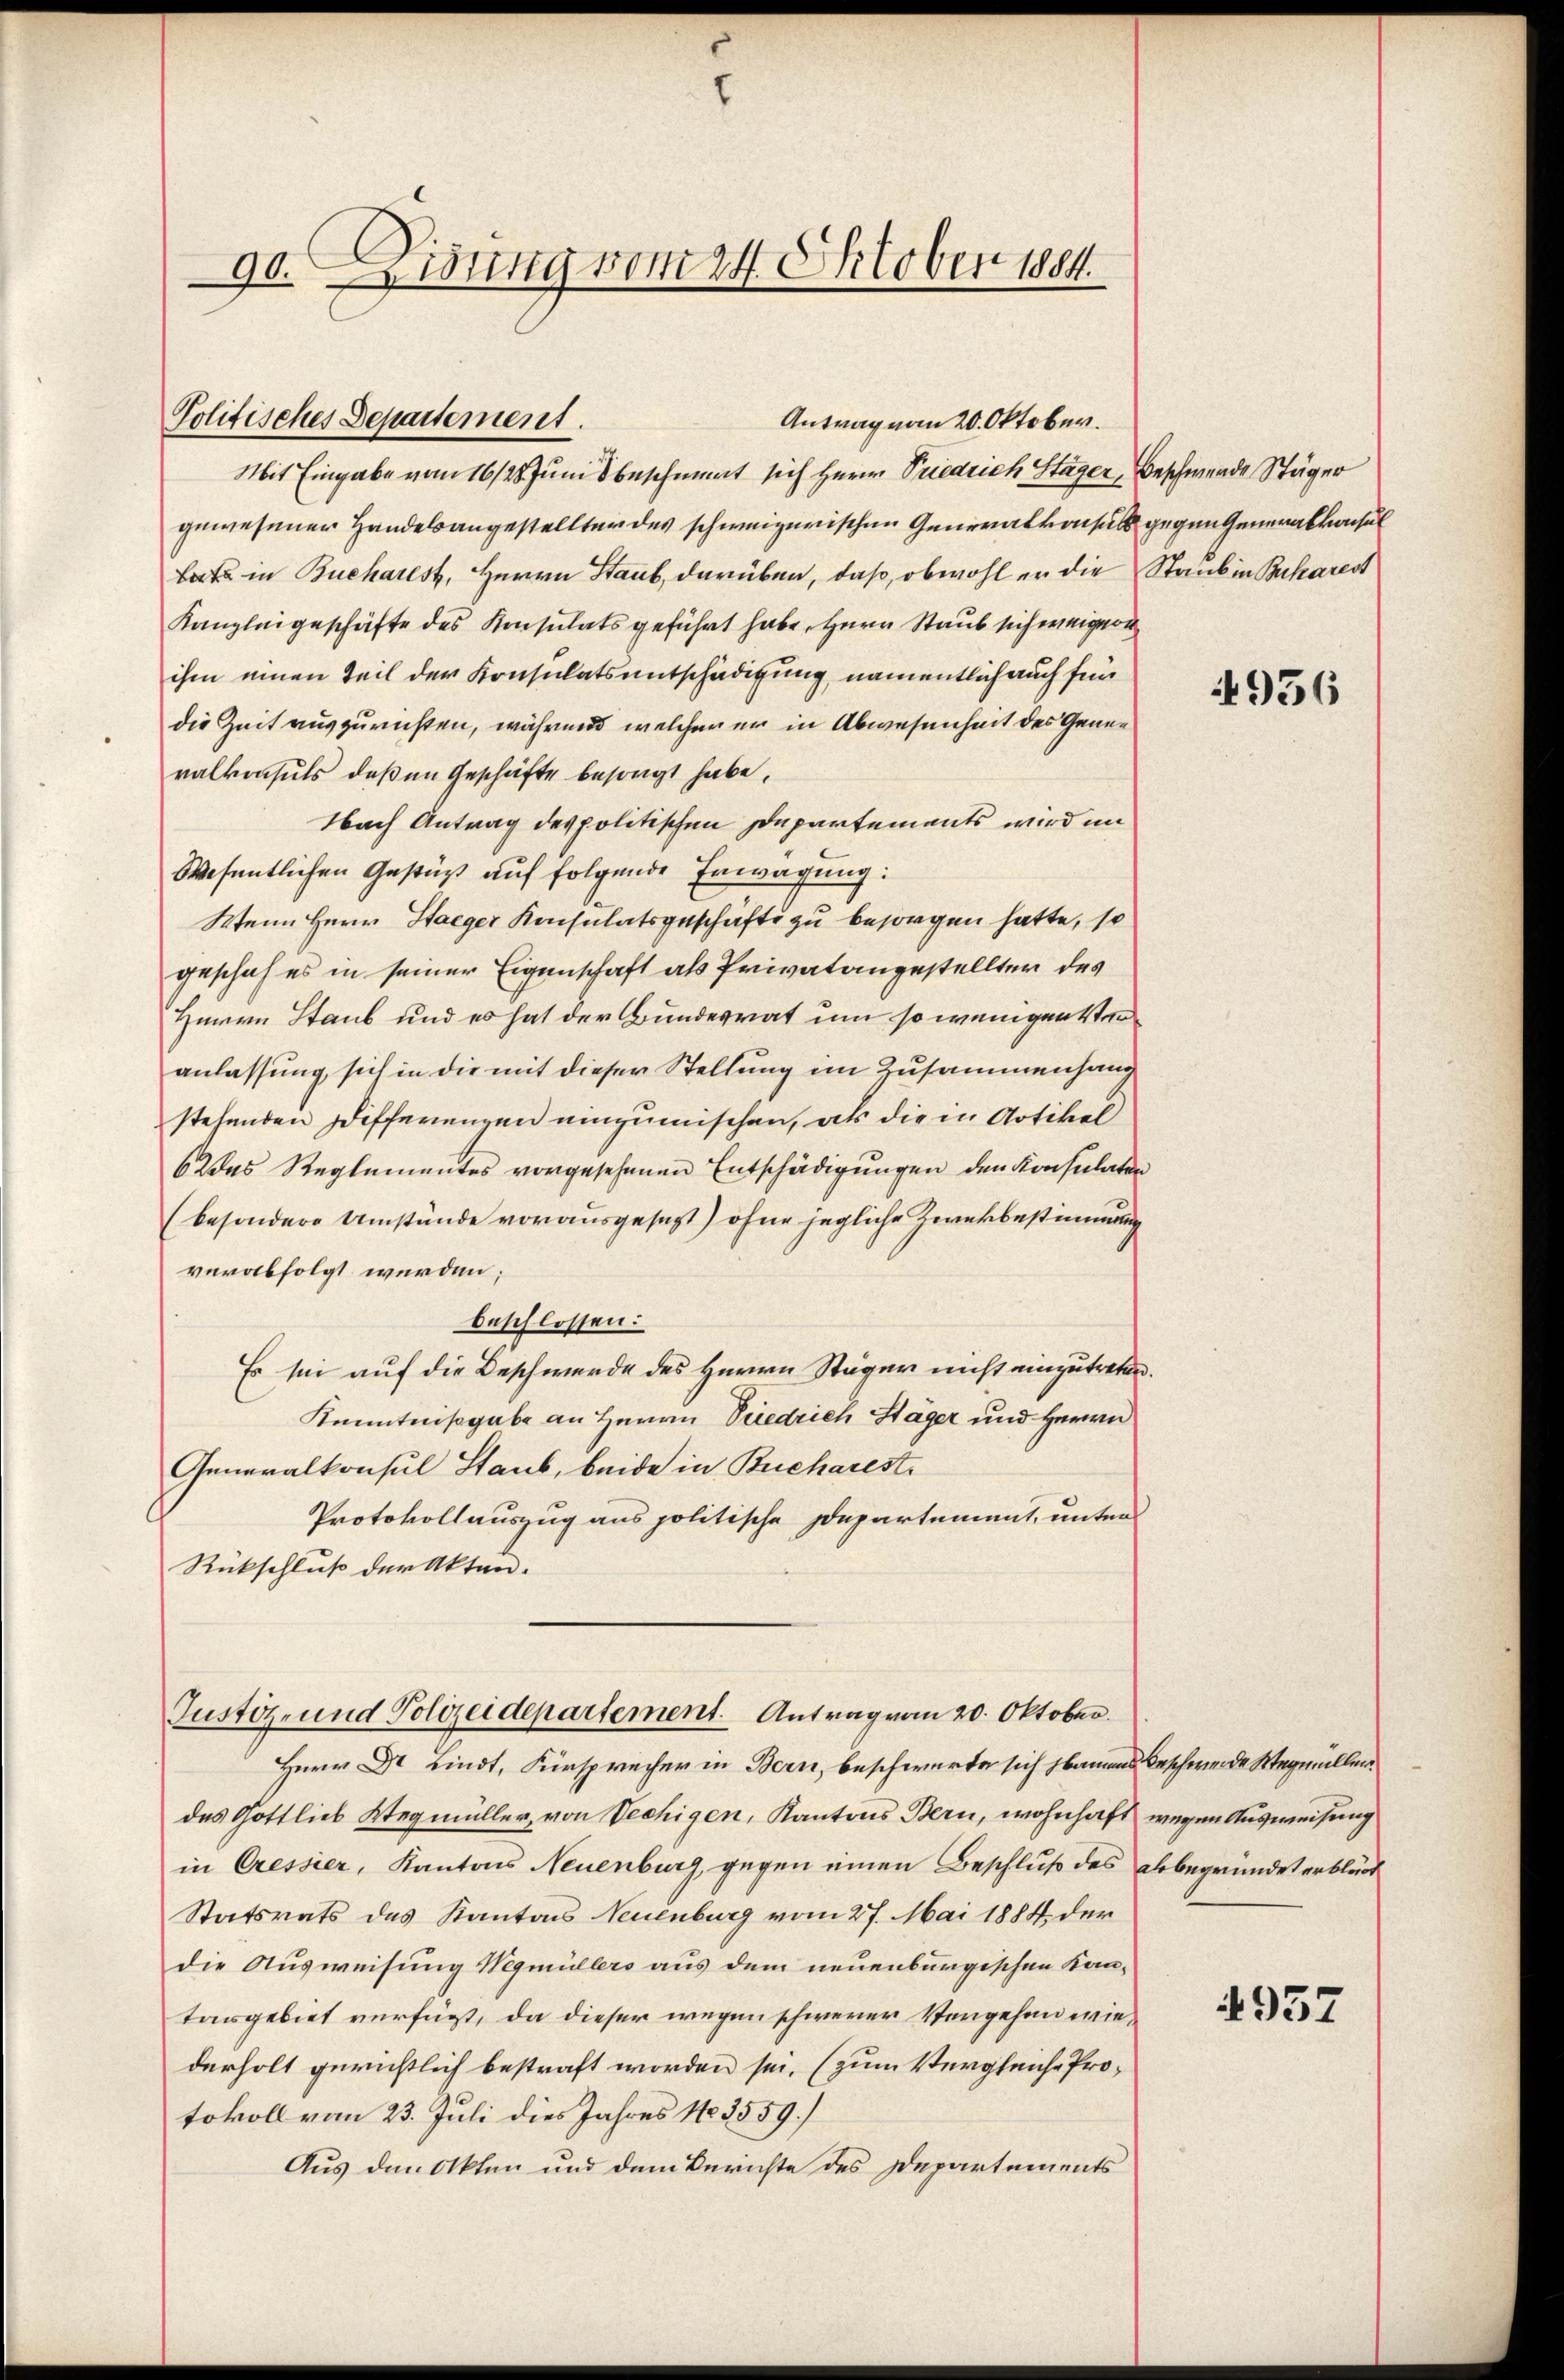
90. Leitung vom 24. Oktober 1884.

Politisches Departement.
Antrag vom 20. Oktober.

Mit Eingabe vom 16/25. Juni beschmert sich Herrn Priedrich Stäger,
gewesener Handelsangestellter des schweizerischen Generalkonsuls gegen Generalkonsul
barte in Bucharest, Herrn Staub, darüben, daß, obwohl er die
Kanzleigeschäfte des Konsulatsgeführt habe, Herr Staub sich weigern
ihm einen Teil der Konsulatsentschädigung, namentlich auch für
die Zeit auszurichten, während welcher er in Abwesenheit des Generalkonsuls deßen Geschäfte besorgt habe.
Nach Antrag des politischen Departements wird im
Wesentlichen Gestuß auf folgende Erwägung:
Wenn Herr Staeger Konsulatsgeschäfte zu besorgen hatte, so
geschah es in seiner Eigenschaft als Privatangestellter des
Hiern Staub und es hat der Bundesrat um so wenigensten
anlassung sich in die mit dieser Stellung im Zusammenhang
stehenden Differenzen einzumischen, als die in Artikel
6 das Reglementes vorgesehenen Entschädigungen den Konsulaten
(besondere Umstände vorausgesezt) ohne jegliche Zwekbestimmung
verabfolgt werden;
beschlossen:
Es sei auf die Beschwerde des Herrn Stäger nicht einzutreten
Kenntnißgabe an Herrn Priedrich Stäger und Herrn
Generalkonsul Staub, beide in Bucharest
Protokollauszug aus politische Departement, unter
Rückschluß der Akten.
Justiz- und Polizeidepartement. Antrag vom 20. Oktober.
Herr Dr. Lindt, Fürsprecher in Bern, beschwerte sich baumes beschwerde Wegmüller
des Gottlieb Wegmüller, von Vechigen, Kantons Bern, wohnhaft wegen Ausweisung
in Cressier, Kantons Neuenburg, gegen einen Beschluß des
Statsrats des Kantons Neuenburg vom 27. Mai 1884 der
die Ausweisung Wegmüllers aus dem neuenburgischen Kantargebiet verfügt, da dieser wegen schwerer Vorgehen wiederholt gerichtlich bestraft worden sei, (zum Vergleiche Protokoll vom 23. Juli dies Jahres 183559.)
Aus den Akten und dem Berichte des Departements

beschwende Stäger
Staub in Bucharest

4936

Orbegründet erblück

4957